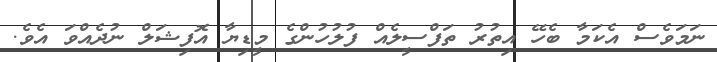
ނަމަވެސް އެކަމާ ބެހޭ އިތުރު ތަފްސީލެއް ފުލުހުންގެ މީޑިޔާ އޮފިޝަލް ނުދެއްވަ އެވެ.